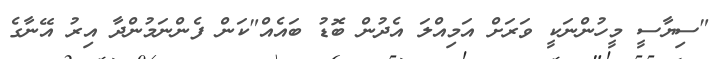
"ސިޔާސީ މީހުންނަކީ ވަރަށް އަމިއްލަ އެދުން ބޮޑު ބައެއް"ކަން ފެންނަމުންދާ އިރު އޭނާގެ